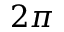
2 \pi